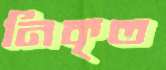
নিকৃত